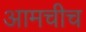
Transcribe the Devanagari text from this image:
आमचीच